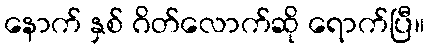
နောက် နှစ် ဂိတ်လောက်ဆို ရောက်ပြီ။